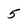
Character: 5